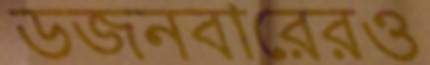
ডজনবারেরও